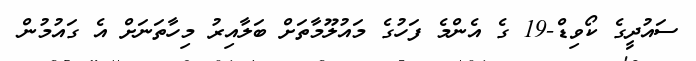
ސައުދީގެ ކޯވިޑް-19 ގެ އެންމެ ފަހުގެ މައުލޫމާތަށް ބަލާއިރު މިހާތަނަށް އެ ގައުމުން